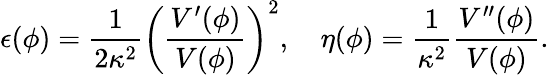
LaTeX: \epsilon(\phi)=\frac{1}{2\kappa^{2}}\left(\frac{V^{\prime}(\phi)}{V(\phi)}\right)^{2},~~~~\eta(\phi)=\frac{1}{\kappa^{2}}\frac{V^{\prime\prime}(\phi)}{V(\phi)}.